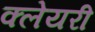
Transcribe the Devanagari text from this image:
क्लेयरी